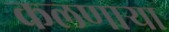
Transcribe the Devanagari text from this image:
कलणाऱ्या